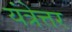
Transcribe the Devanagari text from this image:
यंत्रेत्तर